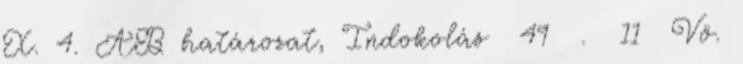
X. 4. AB határozat, Indokolás 49 . 11 Vö.